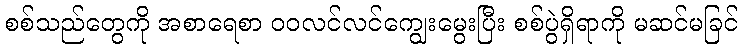
စစ်သည်တွေကို အစာရေစာ ဝဝလင်လင်ကျွေးမွေးပြီး စစ်ပွဲရှိရာကို မဆင်မခြင်